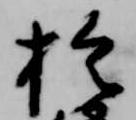
於